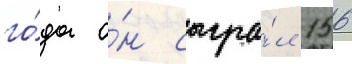
го́да о́н сыгра́л 156